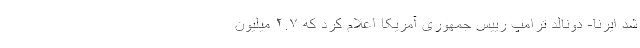
شد ایرنا- دونالد ترامپ رییس جمهوری آمریکا اعلام کرد که ۲.۷ میلیون